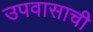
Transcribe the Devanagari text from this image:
उपवासाची